Civil Veterinary Department Bengal reports 1923-33 - 1923-1933
Year: 1923
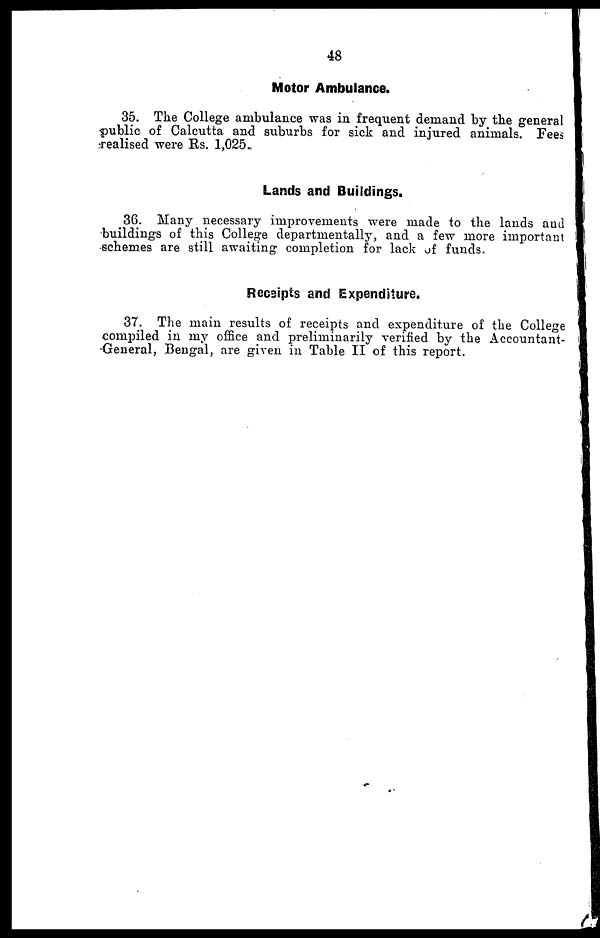
48
Motor Ambulance.
35. The College ambulance was in frequent demand by the general
public of Calcutta and suburbs for sick and injured animals. Fees
realised were Rs. 1,025.
Lands and Buildings.
36. Many necessary improvements were made to the lands and
buildings of this College departmentally, and a few more important
schemes are still awaiting completion for lack of funds.
Receipts and Expenditure.
37. The main results of receipts and expenditure of the College
compiled in my office and preliminarily verified by the Accountant-
General, Bengal, are given in Table II of this report.